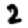
Digit: 2